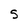
Character: S